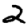
Digit: 2